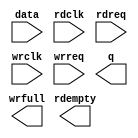
// megafunction wizard: %FIFO%VBB%
// GENERATION: STANDARD
// VERSION: WM1.0
// MODULE: dcfifo 

// ============================================================
// Megafunction Name(s):
// 			dcfifo
//
// Simulation Library Files(s):
// 			altera_mf
// ============================================================
// ************************************************************
// THIS IS A WIZARD-GENERATED FILE. DO NOT EDIT THIS FILE!
//
// 16.1.0 Build 196 10/24/2016 SJ Lite Edition
// ************************************************************

//Copyright (C) 2016  Intel Corporation. All rights reserved.
//Your use of Intel Corporation's design tools, logic functions 
//and other software and tools, and its AMPP partner logic 
//functions, and any output files from any of the foregoing 
//(including device programming or simulation files), and any 
//associated documentation or information are expressly subject 
//to the terms and conditions of the Intel Program License 
//Subscription Agreement, the Intel Quartus Prime License Agreement,
//the Intel MegaCore Function License Agreement, or other 
//applicable license agreement, including, without limitation, 
//that your use is for the sole purpose of programming logic 
//devices manufactured by Intel and sold by Intel or its 
//authorized distributors.  Please refer to the applicable 
//agreement for further details.

module ft232_fifo_short (
	data,
	rdclk,
	rdreq,
	wrclk,
	wrreq,
	q,
	rdempty,
	wrfull);

	input	[7:0]  data;
	input	  rdclk;
	input	  rdreq;
	input	  wrclk;
	input	  wrreq;
	output	[7:0]  q;
	output	  rdempty;
	output	  wrfull;

endmodule

// ============================================================
// CNX file retrieval info
// ============================================================
// Retrieval info: PRIVATE: AlmostEmpty NUMERIC "0"
// Retrieval info: PRIVATE: AlmostEmptyThr NUMERIC "-1"
// Retrieval info: PRIVATE: AlmostFull NUMERIC "0"
// Retrieval info: PRIVATE: AlmostFullThr NUMERIC "-1"
// Retrieval info: PRIVATE: CLOCKS_ARE_SYNCHRONIZED NUMERIC "0"
// Retrieval info: PRIVATE: Clock NUMERIC "4"
// Retrieval info: PRIVATE: Depth NUMERIC "256"
// Retrieval info: PRIVATE: Empty NUMERIC "1"
// Retrieval info: PRIVATE: Full NUMERIC "1"
// Retrieval info: PRIVATE: INTENDED_DEVICE_FAMILY STRING "MAX 10"
// Retrieval info: PRIVATE: LE_BasedFIFO NUMERIC "0"
// Retrieval info: PRIVATE: LegacyRREQ NUMERIC "0"
// Retrieval info: PRIVATE: MAX_DEPTH_BY_9 NUMERIC "0"
// Retrieval info: PRIVATE: OVERFLOW_CHECKING NUMERIC "0"
// Retrieval info: PRIVATE: Optimize NUMERIC "0"
// Retrieval info: PRIVATE: RAM_BLOCK_TYPE NUMERIC "0"
// Retrieval info: PRIVATE: SYNTH_WRAPPER_GEN_POSTFIX STRING "0"
// Retrieval info: PRIVATE: UNDERFLOW_CHECKING NUMERIC "0"
// Retrieval info: PRIVATE: UsedW NUMERIC "1"
// Retrieval info: PRIVATE: Width NUMERIC "8"
// Retrieval info: PRIVATE: dc_aclr NUMERIC "0"
// Retrieval info: PRIVATE: diff_widths NUMERIC "0"
// Retrieval info: PRIVATE: msb_usedw NUMERIC "0"
// Retrieval info: PRIVATE: output_width NUMERIC "8"
// Retrieval info: PRIVATE: rsEmpty NUMERIC "1"
// Retrieval info: PRIVATE: rsFull NUMERIC "0"
// Retrieval info: PRIVATE: rsUsedW NUMERIC "0"
// Retrieval info: PRIVATE: sc_aclr NUMERIC "0"
// Retrieval info: PRIVATE: sc_sclr NUMERIC "0"
// Retrieval info: PRIVATE: wsEmpty NUMERIC "0"
// Retrieval info: PRIVATE: wsFull NUMERIC "1"
// Retrieval info: PRIVATE: wsUsedW NUMERIC "0"
// Retrieval info: LIBRARY: altera_mf altera_mf.altera_mf_components.all
// Retrieval info: CONSTANT: INTENDED_DEVICE_FAMILY STRING "MAX 10"
// Retrieval info: CONSTANT: LPM_NUMWORDS NUMERIC "256"
// Retrieval info: CONSTANT: LPM_SHOWAHEAD STRING "ON"
// Retrieval info: CONSTANT: LPM_TYPE STRING "dcfifo"
// Retrieval info: CONSTANT: LPM_WIDTH NUMERIC "8"
// Retrieval info: CONSTANT: LPM_WIDTHU NUMERIC "8"
// Retrieval info: CONSTANT: OVERFLOW_CHECKING STRING "ON"
// Retrieval info: CONSTANT: RDSYNC_DELAYPIPE NUMERIC "4"
// Retrieval info: CONSTANT: UNDERFLOW_CHECKING STRING "ON"
// Retrieval info: CONSTANT: USE_EAB STRING "ON"
// Retrieval info: CONSTANT: WRSYNC_DELAYPIPE NUMERIC "4"
// Retrieval info: USED_PORT: data 0 0 8 0 INPUT NODEFVAL "data[7..0]"
// Retrieval info: USED_PORT: q 0 0 8 0 OUTPUT NODEFVAL "q[7..0]"
// Retrieval info: USED_PORT: rdclk 0 0 0 0 INPUT NODEFVAL "rdclk"
// Retrieval info: USED_PORT: rdempty 0 0 0 0 OUTPUT NODEFVAL "rdempty"
// Retrieval info: USED_PORT: rdreq 0 0 0 0 INPUT NODEFVAL "rdreq"
// Retrieval info: USED_PORT: wrclk 0 0 0 0 INPUT NODEFVAL "wrclk"
// Retrieval info: USED_PORT: wrfull 0 0 0 0 OUTPUT NODEFVAL "wrfull"
// Retrieval info: USED_PORT: wrreq 0 0 0 0 INPUT NODEFVAL "wrreq"
// Retrieval info: CONNECT: @data 0 0 8 0 data 0 0 8 0
// Retrieval info: CONNECT: @rdclk 0 0 0 0 rdclk 0 0 0 0
// Retrieval info: CONNECT: @rdreq 0 0 0 0 rdreq 0 0 0 0
// Retrieval info: CONNECT: @wrclk 0 0 0 0 wrclk 0 0 0 0
// Retrieval info: CONNECT: @wrreq 0 0 0 0 wrreq 0 0 0 0
// Retrieval info: CONNECT: q 0 0 8 0 @q 0 0 8 0
// Retrieval info: CONNECT: rdempty 0 0 0 0 @rdempty 0 0 0 0
// Retrieval info: CONNECT: wrfull 0 0 0 0 @wrfull 0 0 0 0
// Retrieval info: GEN_FILE: TYPE_NORMAL ft232_fifo_short.v TRUE
// Retrieval info: GEN_FILE: TYPE_NORMAL ft232_fifo_short.inc FALSE
// Retrieval info: GEN_FILE: TYPE_NORMAL ft232_fifo_short.cmp FALSE
// Retrieval info: GEN_FILE: TYPE_NORMAL ft232_fifo_short.bsf FALSE
// Retrieval info: GEN_FILE: TYPE_NORMAL ft232_fifo_short_inst.v FALSE
// Retrieval info: GEN_FILE: TYPE_NORMAL ft232_fifo_short_bb.v TRUE
// Retrieval info: LIB_FILE: altera_mf